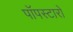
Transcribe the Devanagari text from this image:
पॉपस्टारों